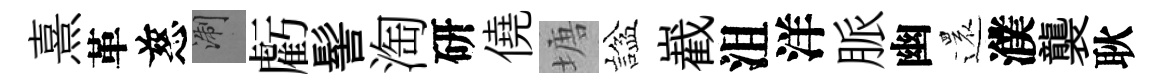
熹革慈浙虧髻淘研僥塘諡嶻沮洋脈幽還濮襲耿